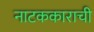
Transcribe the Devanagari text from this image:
नाटककाराची